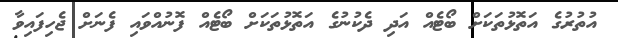
އުތުރުގެ އަތޮޅުތަކަށް ބޯޓެއް އަދި ދެކުނުގެ އަތޮޅުތަކަށް ބޯޓެއް ފޮނުއްވައި ފެނަށް ޖެހިފައިވާ